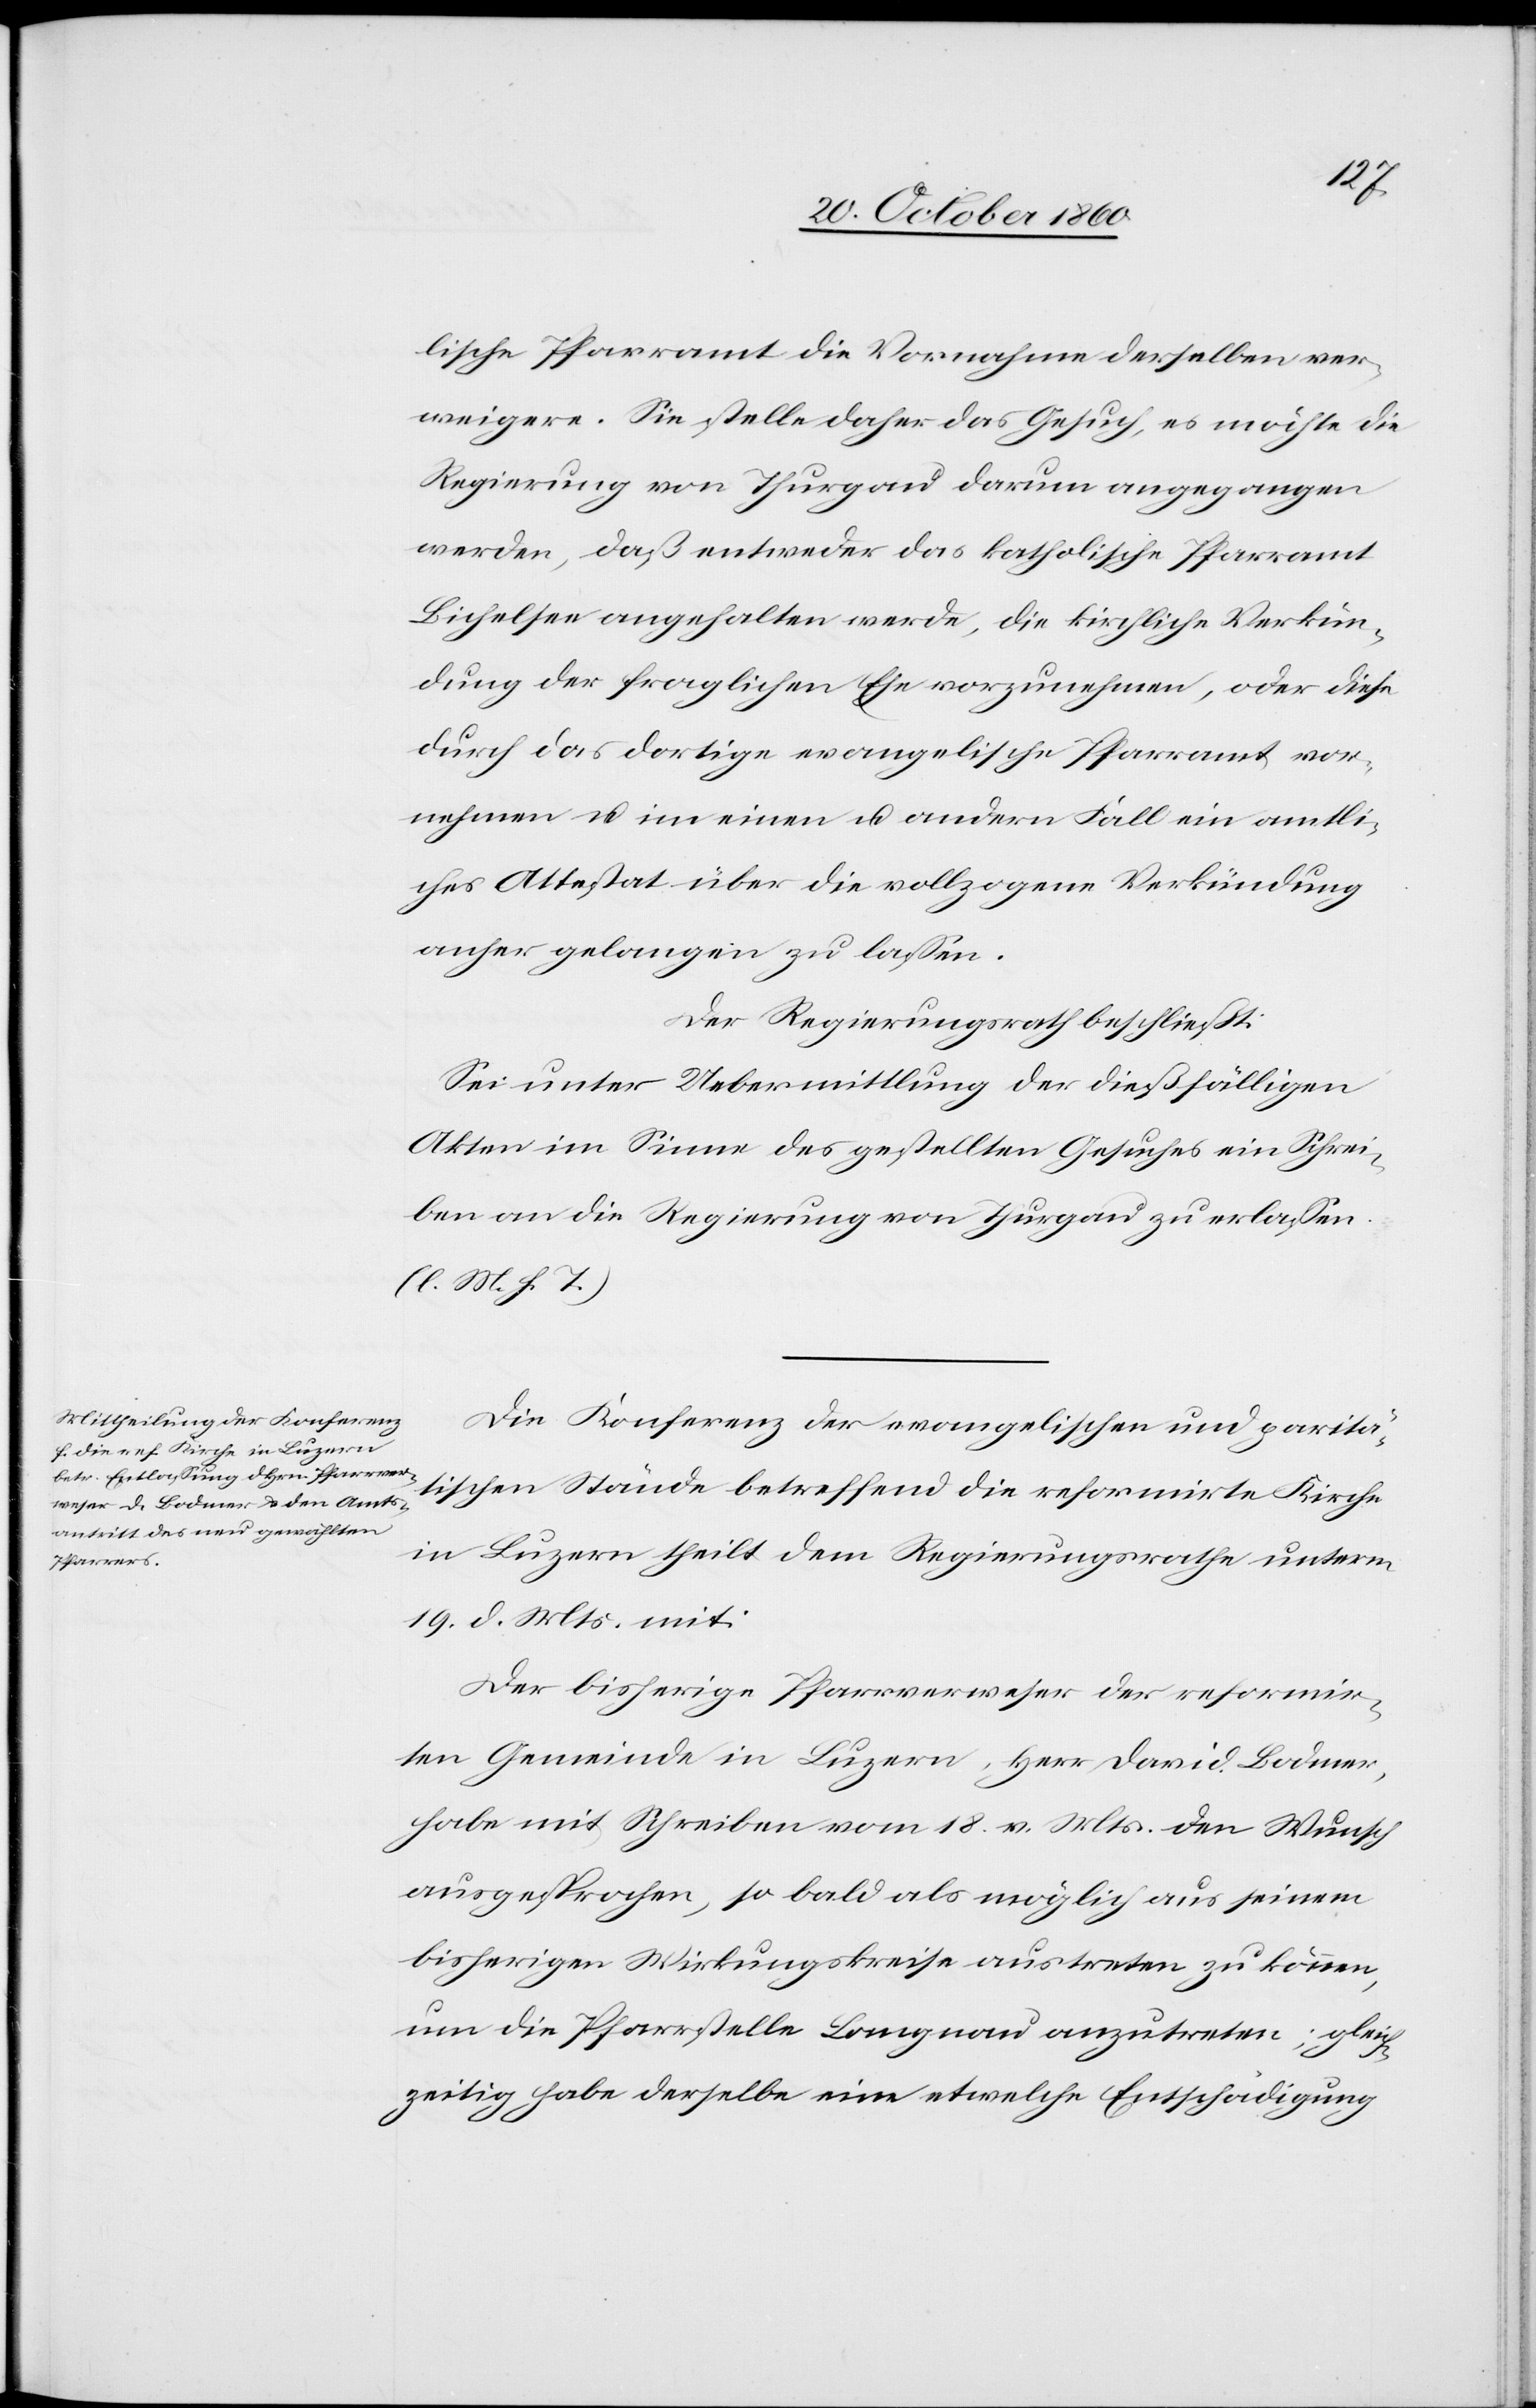
lische Pfarramt die Vornahme derselben ver¬
weigere. Sie stelle daher das Gesuch, es möchte die
Regierung von Thurgau darum angegangen
werden, daß entweder das katholische Pfarramt
Bichelsee angehalten werde, die kirchliche Verkün¬
digung der fraglichen Ehe vorzunehmen, oder diese
durch das dortige evangelische Pfarramt vor¬
nehmen u. im einen u. andern Fall ein amtli¬
ches Attestat über die vollzogene Verkündung
anher gelangen zu lassen.
Der Regierungsrath beschließt:
Sei unter Uebermittlung der dießfälligen
Akten im Sinne des gestellten Gesuches ein Schrei¬
ben an die Regierung von Thurgau zu erlassen.
(l. M. h. T.)
Die Konferenz der evangelischen und paritä¬
tischen Stände betreffend die reformirte Kirche
in Luzern theilt dem Regierungsrathe unterm
19. d. Mts. mit:
Der bisherige Pfarrverweser der reformir¬
ten Gemeinde in Luzern, Herr David Bodmer,
habe mit Schreiben vom 18. v. Mts. den Wunsch
ausgesprochen, so bald als möglich aus seinem
bisherigen Wirkungskreise austreten zu können,
um die Pfarrstelle Langnau anzutreten; gleich¬
zeitig habe derselbe eine etwelche Entschädigung